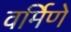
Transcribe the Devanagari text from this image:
वर्मिणे